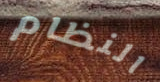
النظام